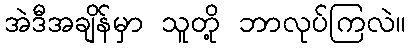
အဲဒီအချိန်မှာ သူတို့ ဘာလုပ်ကြလဲ။